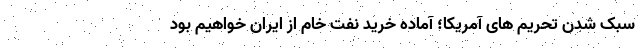
سبک شدن تحریم های آمریکا؛‌ آماده خرید نفت خام از ایران خواهیم بود